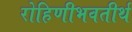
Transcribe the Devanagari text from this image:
रोहिणीभवतीर्थ